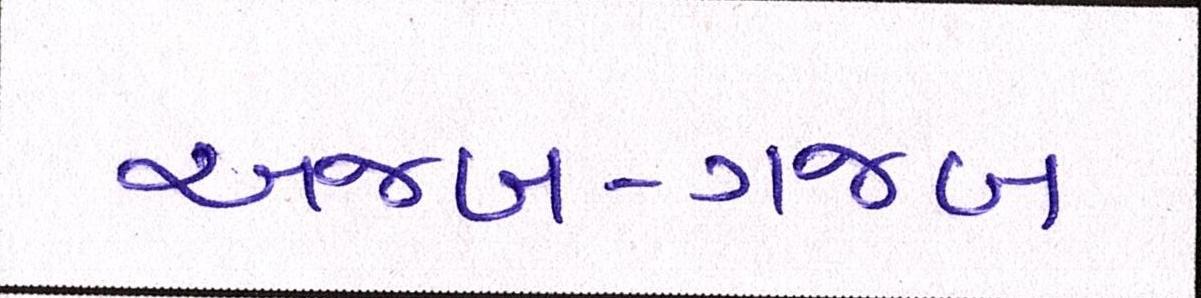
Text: અજબ-ગજબ